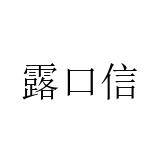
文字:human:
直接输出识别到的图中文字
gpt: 露口信